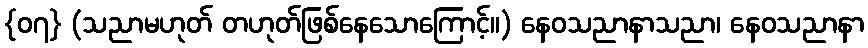
{၀၇} (သညာမဟုတ် တဟုတ်ဖြစ်နေသောကြောင့်။) နေဝသညာနာသညာ၊ နေဝသညာနာ